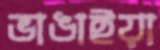
ভাঙাইয়া